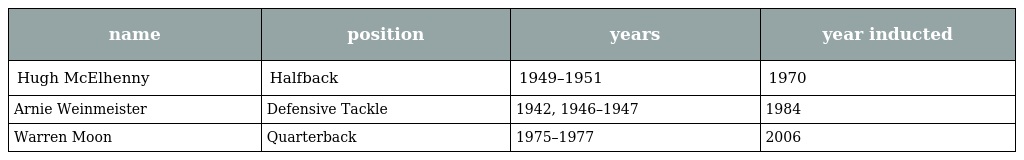
| name | position | years | year inducted |
 | --- | --- | --- | --- |
 | Hugh McElhenny | Halfback | 1949–1951 | 1970 |
 | Arnie Weinmeister | Defensive Tackle | 1942, 1946–1947 | 1984 |
 | Warren Moon | Quarterback | 1975–1977 | 2006 |